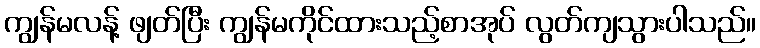
ကျွန်မလန့် ဖျတ်ပြီး ကျွန်မကိုင်ထားသည့်စာအုပ် လွတ်ကျသွားပါသည်။